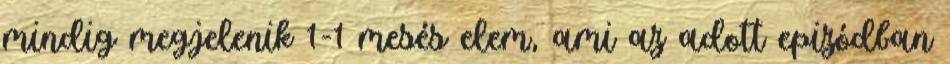
mindig megjelenik 1-1 mesés elem, ami az adott epizódban